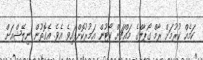
ކަމެއް ކުރުމަށް ރާމް ގޯޕާލްގެ މައްޗަށް ކޯޓުން އަމުރުކޮށްފައިވެ އެވެ. އެގޮތުން ނިލޭޝްއަށް